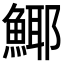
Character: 𩸾